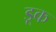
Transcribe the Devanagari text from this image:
डूक